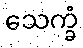
သေက္ခံ